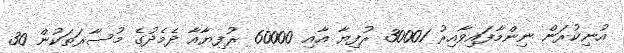
އުނިކުރަން ނިންމާފައިވާއިރު 30001 ރުފިޔާ އާއި 60000 ރުފިޔާއާ ދެމެދުގެ މުސާރަތަކުން 30